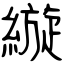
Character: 縼